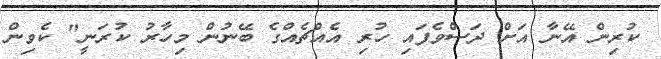
ކުރިން އޭނާ އަށް ދަސްވެފައި ހުރި އެއްޗެއްގެ ބޭނުން މިހާރު ކުރަނީ" ކެވިން